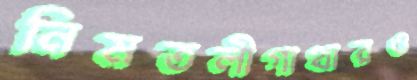
নিমতলীগাথারও